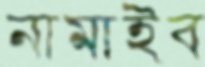
নামাইব